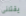
يقتلنى